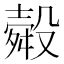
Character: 𭮽